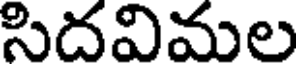
సిదవిమల